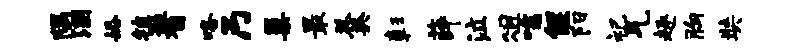
隅溷婚镇蓍咯乃巢最羹彰薛泣俎嚅偃阳祀气趣胸奘